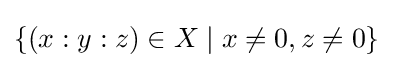
\{(x:y:z)\in X\mid x\neq 0,z\neq 0\}